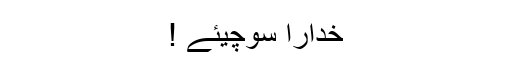
خدارا سوچیئے !